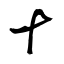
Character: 十